Vital statistics of India. Vol. VI, European troops 1870-79
Year: 1870
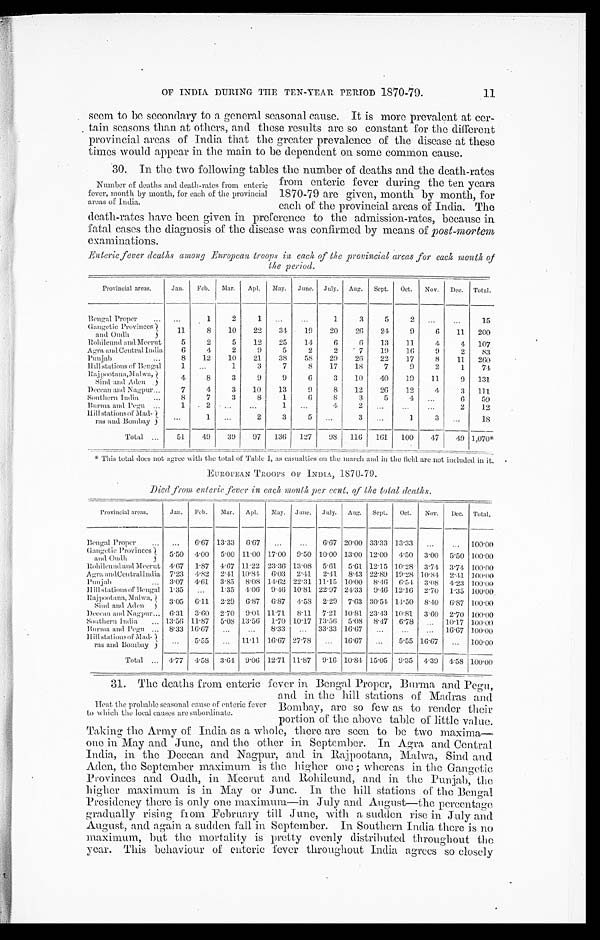
OF INDIA DURING THE TEN-YEAR PERIOD 1870-79.
11
seem to be secondary to a general seasonal cause. It is more prevalent at cer-
tain seasons than at others, and these results are so constant for the different
provincial areas or India that the greater prevalence of the disease at these
times would appear in the main to be dependent on some common cause.
30. In the two following tables the number of deaths and the death-rates
Number of deaths and death-rates from enteric
fever, month by month, for each of the provincial
areas of India.
from enteric fever during the ten years
1870-79 are given, month by month, for
each of the provincial areas of India. The
death-rates have been given in preference to the admission-rates, because in
fatal cases the diagnosis of the disease was confirmed by means of post-mortem
examinations.
Enteric fever deaths among European troops in each. of the provincial areas for each month of
the period.
Provincial areas.
lan.
Feb.
Mar.
Apl .
May.
June.
July.
Aug.
Sept.
Oct.
Nov.
Dec.
Total.
Bengal Proper
...
1
2
1
...
...
1
3
5
2
. . . . . .
15
Gangetic Provinces
and Oudh
11
8
10
22
34
19
20
26
24
9
6
11
200
Rohilcund and Meerut
5
2
5
12
25
14
6
6
13
11
4
4
107
Agra and Central India
6
4
2
9
5
2
2
7
19
16
1)
2
83
Punjab
8
12
10
21
38
58
29
26
22
17
8
11
260
Hill stations of Bengal
1
. . .
1
3
7
8
17
18
7
9
2
1
74
Rajpootana,Malwa,
Sind and Aden
4
8
3
9
9
6
3
10
40
19
11
9
131.
Deccan and Nagpur
7
4
3
10
13
9
8
12
26
12
4
3
111
Southern India
...
8
7
3
8
1
6
8
3
5
4
. . . . . . . . . . .
6
5 9
Burma and pegu
1
2
. . .
...
1
. . . . . .
4
2
. . .
. . .
. . .
2
12
Hill stations of Mad-
ras and Bombay
. . .
1
. . .
2
3
5
...
3
. . .
1
3
. . .
1 8
Total
51
49
39
97
136
127
98
116
161
100
47
49 1,070*
* This total does not agree with the total of Table I, as casualties on title march and in the field are not included in it.
EUROPEAN TROOPS OF INDIA, 1870 - 79.
Died from enteric fever in each month per cent. of the total deaths.
Provincial areas.
Jan.
Feb.
Mar.
A pl.
May.
June.
J u l y .
Aug.
Sept.
Oct.
Nov.
D e c .
Total.
Bengal Proper
...
6.67 13.33
6 .67
. . .
...
6.67 20.00 33 .13 13.33
. . .
. . .
100.00
Gangetic Provinces
a nd Oudh
5.50
4.00
5.00 11.00 17.00
9.50 10.00 13.00 12 .00 4.50 3.00 5.50 100.00
Rohilcund and Meerut 4. 67 1 .87 4.67 11.22 23 .36 13.08 5.61 5.61 12 . 15 10 . 28 3.74
3 . 7 4 100.00
Agra andCentral India 7.23
4.82
2.41 10 . 84 6.03 2.41 2.41 8.43 22 .89 19.28 10.84 2.41 100.00
Pun jab
3.07
4.61
3.85
8.08 1462 22 . 31 11.1.5 10.00 8.46 6.54 3.08
4 . 2 3 100.00
Hill stations of Bengal 1.35
. . .
1.35
4.06 9.46 10.81 22.97 24.33
9.46 12 . 16 2'70 1..35 100.00
R a j p o o t a n a , M a l w a ,
Sind and Aden
3.05
6.11
2.29
6.87
6.87
4.58
2.29
7.63 30.54 14.50
8.40
6.87 100.00
D e c c a n a n d N a g p u r 6.31
3.60
2.70
0 .01 11.71 8.118.11 7.21 .10.81
3 . 6 0 10.81 3.60 2'70 100.00
Southern India
1 3 . 5 6 11.87
5.08 13.56
1.70 10'17 73.56
5.08
8 . 47 6.78 .., 10.17 100.00
Boron and Pegu
8. 33 16 . 67
...
...
8.33
...
33 . 33 16.67
. . .
. . .
. . .
16.67 100.00
Hillstations of Mad-
ras and Bombay
. . . •
5.55
. . .
11.11 16.67 27.78
. . .
16.67
. . .
5.55 16.67 ...
100.00
Total
4.77
4.58
3.64
9.06 12.71 11.87
9.16 10.81 15.05
9.35
4.30
4.58 100.00
31. The deaths from enteric fever in Bengal p
roper, Burma and Pegu,
Heat the probable seasonal cause of enteric fever
to which the local causes are subordinate.
...
and in the hill stations of Madras and
Bombay, are so few as to render their
portion of the above table of little value.
Taking the Army of India as a whole, there are seen to he two maxima-
one in May and Jane, and the other in September. In Agra and Central
India, in the Deccan and Nagpur, and in Rajpootann, Malwa, Sind and
Aden, the September maximum is the One ; whereas in the Gangetic.,
Provinces and Oudh, in Meerut and Rohilcund, and in the Punjab, the
higher maximum is in May or June. In the hill stations of the Bengal
Presidency there is only one maximum—in July and August—the permntage
gradually rising from February till June, with a sudden rise in July and
August, and again a sudden fall in September. In Southern India there is no
maximum, but the mortality is pretty evenly distributed throughout the
year. This behaviour of enteric fever throughout India agrees so closely